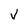
Character: v